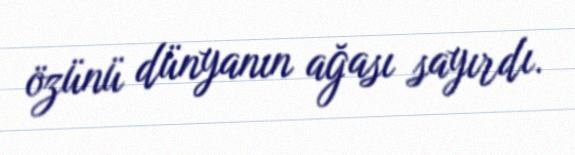
özünü dünyanın ağası sayırdı.